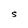
Character: S